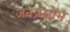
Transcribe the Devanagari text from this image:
जनप्रक्षोभ